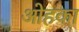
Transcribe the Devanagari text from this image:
ओहका